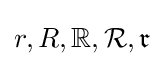
r,R,\mathbb {R} ,{\mathcal {R}},{\mathfrak {r}}